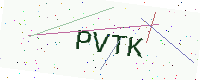
Text: PVTK